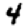
Digit: 4